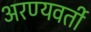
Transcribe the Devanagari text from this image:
अरण्यवर्ती